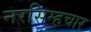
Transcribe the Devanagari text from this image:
नरसिम्हचार